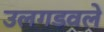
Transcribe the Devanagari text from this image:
उलगडवले